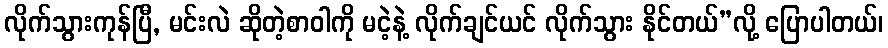
လိုက်သွားကုန်ပြီ, မင်းလဲ ဆိုတဲ့စာဝါကို မငဲ့နဲ့ လိုက်ချင်ယင် လိုက်သွား နိုင်တယ်”လို့ ပြောပါတယ်၊